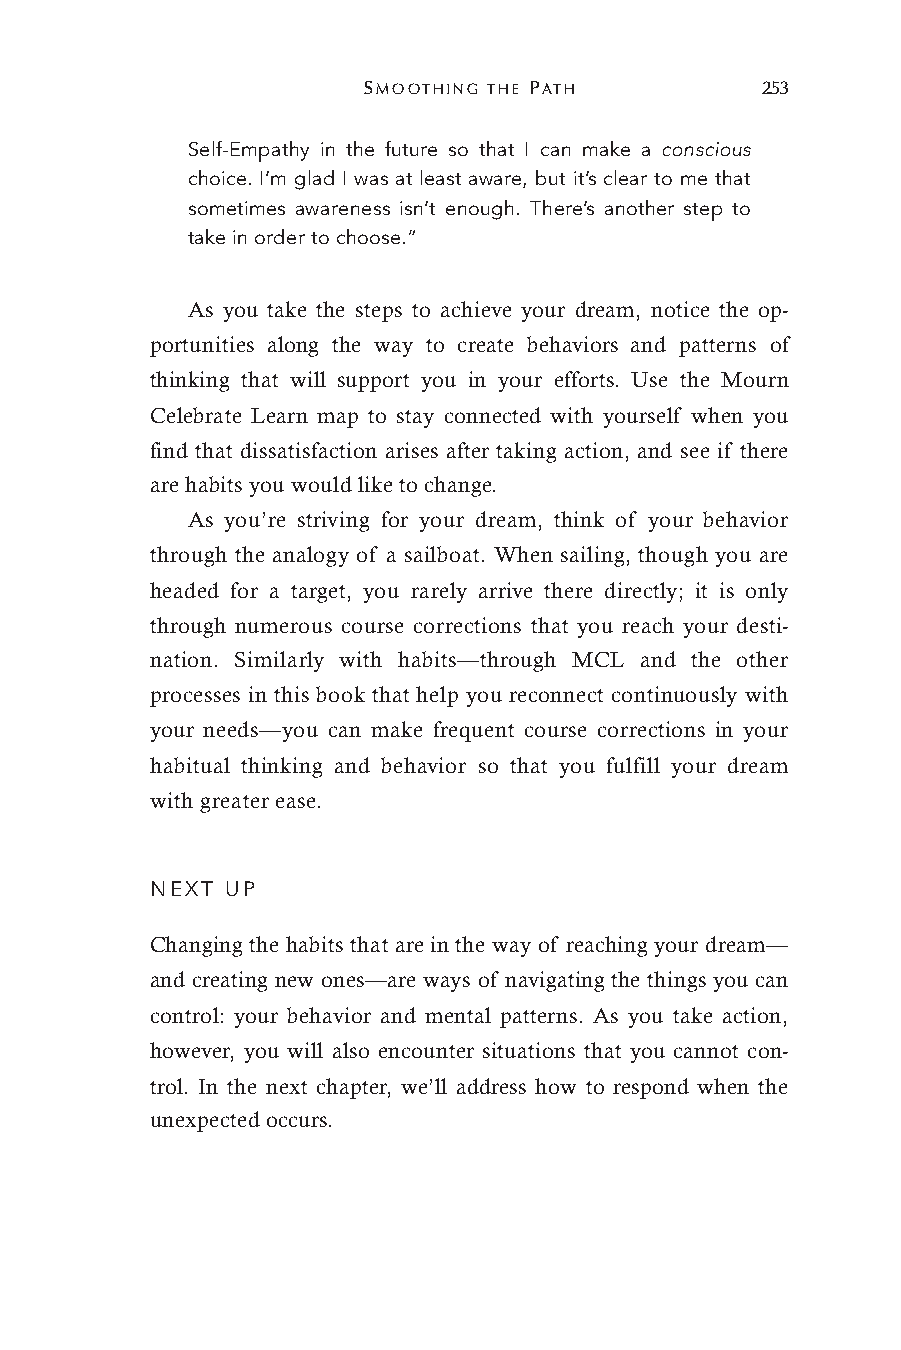
SMOOTHING THE PATH        253
 Self-Empathy in the future so that I can make a conscious
 choice. I’m glad I was at least aware, but it’s clear to me that
 sometimes awareness isn’t enough. There’s another step to
 take in order to choose.”
 As you take the steps to achieve your dream, notice the op-
 portunities along the way to create behaviors and patterns of
 thinking that will support you in your efforts. Use the Mourn
 Celebrate Learn map to stay connected with yourself when you
 find that dissatisfaction arises after taking action, and see if there
 are habits you would like to change.
 As you’re striving for your dream, think of your behavior
 through the analogy of a sailboat. When sailing, though you are
 headed for a target, you rarely arrive there directly; it is only
 through numerous course corrections that you reach your desti-
 nation. Similarly with habits—through MCL and the other
 processes in this book that help you reconnect continuously with
 your needs—you can make frequent course corrections in your
 habitual thinking and behavior so that you fulfill your dream
 with greater ease.
 NEXT UP
 Changing the habits that are in the way of reaching your dream—
 and creating new ones—are ways of navigating the things you can
 control: your behavior and mental patterns. As you take action,
 however, you will also encounter situations that you cannot con-
 trol. In the next chapter, we’ll address how to respond when the
 unexpected occurs.